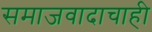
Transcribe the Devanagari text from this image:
समाजवादाचाही